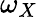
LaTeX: \omega_{X}